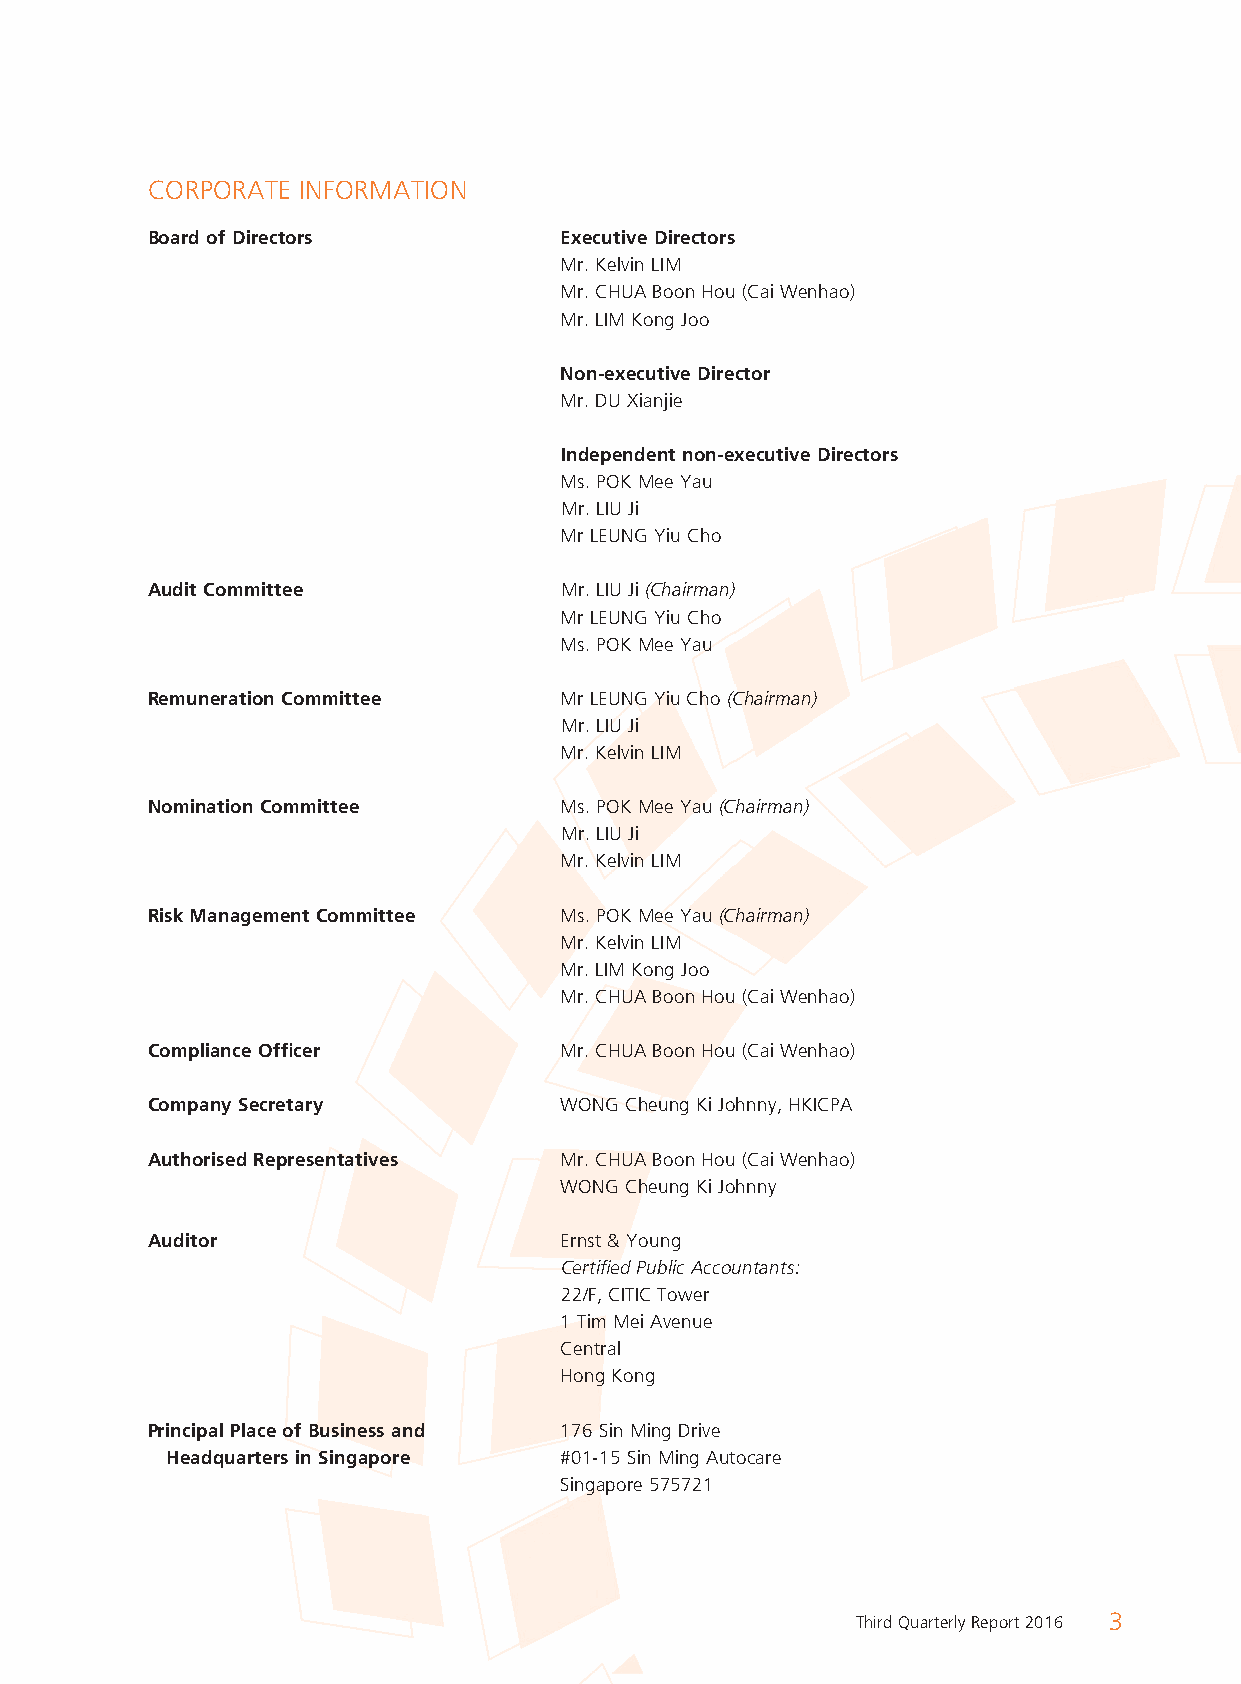
CORPORATE INFORMATION
 Board of Directors         Executive Directors
 Mr. Kelvin LIM
 Mr. CHUA Boon Hou (Cai Wenhao)
 Mr. LIM Kong Joo
 Non-executive Director
 Mr. DU Xianjie
 Independent non-executive Directors
 Ms. POK Mee Yau
 Mr. LIU Ji
 Mr LEUNG Yiu Cho
 Audit Committee            Mr. LIU Ji (Chairman)
 Mr LEUNG Yiu Cho
 Ms. POK Mee Yau
 Remuneration Committee     Mr LEUNG Yiu Cho (Chairman)
 Mr. LIU Ji
 Mr. Kelvin LIM
 Nomination Committee       Ms. POK Mee Yau (Chairman)
 Mr. LIU Ji
 Mr. Kelvin LIM
 Risk Management Committee  Ms. POK Mee Yau (Chairman)
 Mr. Kelvin LIM
 Mr. LIM Kong Joo
 Mr. CHUA Boon Hou (Cai Wenhao)
 Compliance Offi cer        Mr. CHUA Boon Hou (Cai Wenhao)
 Company Secretary          WONG Cheung Ki Johnny, HKICPA
 Authorised Representatives Mr. CHUA Boon Hou (Cai Wenhao)
 WONG Cheung Ki Johnny
 Auditor                    Ernst & Young
 Certifi ed Public Accountants:
 22/F, CITIC Tower
 1 Tim Mei Avenue
 Central
 Hong Kong
 Principal Place of Business and 176 Sin Ming Drive
 Headquarters in Singapore #01-15 Sin Ming Autocare
 Singapore 575721
 Third Quarterly Report 2016 3